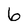
Character: 6